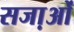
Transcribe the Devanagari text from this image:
सजा़ओं